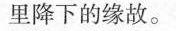
里降下的缘故。